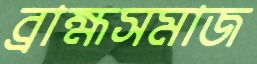
ব্রাহ্মসমাজ